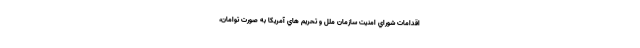
اقدامات شوراي امنيت سازمان ملل و تحريم هاي آمريكا به صورت توامان،